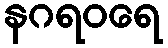
နဂရဝရေ